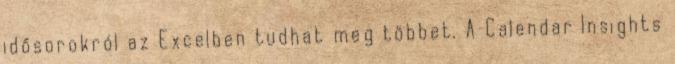
idősorokról az Excelben tudhat meg többet. A Calendar Insights